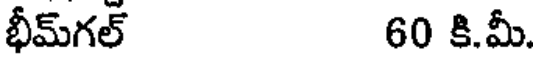
భీమ్గల్ 60 కి.మీ.